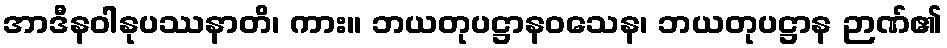
အာဒီနဝါနုပဿနာတိ၊ ကား။ ဘယတုပဋ္ဌာနဝသေန၊ ဘယတုပဋ္ဌာန ဉာဏ်၏